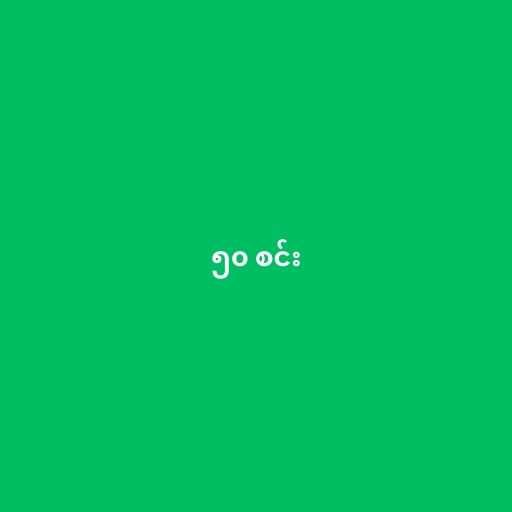
၅၀ စင်း